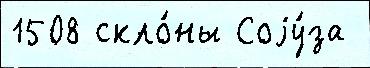
1508 скло́ны Соjу́за